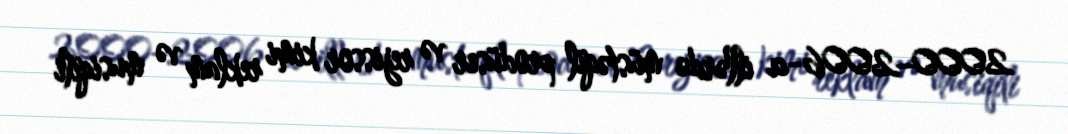
2000–2006-cı illərdə müstəqil prodüser və rejissor kimi reklam və musiqili